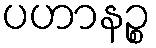
ပဟာနဉ္စ